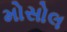
મોસોલ